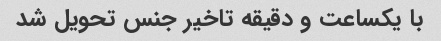
با یکساعت و دقیقه تاخیر جنس تحویل شد